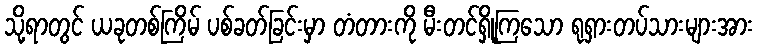
သို့ရာတွင် ယခုတစ်ကြိမ် ပစ်ခတ်ခြင်းမှာ တံတားကို မီးတင်ရှို့ကြသော ရုရှားတပ်သားများအား